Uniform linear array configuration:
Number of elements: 48
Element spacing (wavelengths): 0.5
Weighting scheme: blackman
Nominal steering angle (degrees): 0
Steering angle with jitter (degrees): -0.3621
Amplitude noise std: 0.05
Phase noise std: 0.05

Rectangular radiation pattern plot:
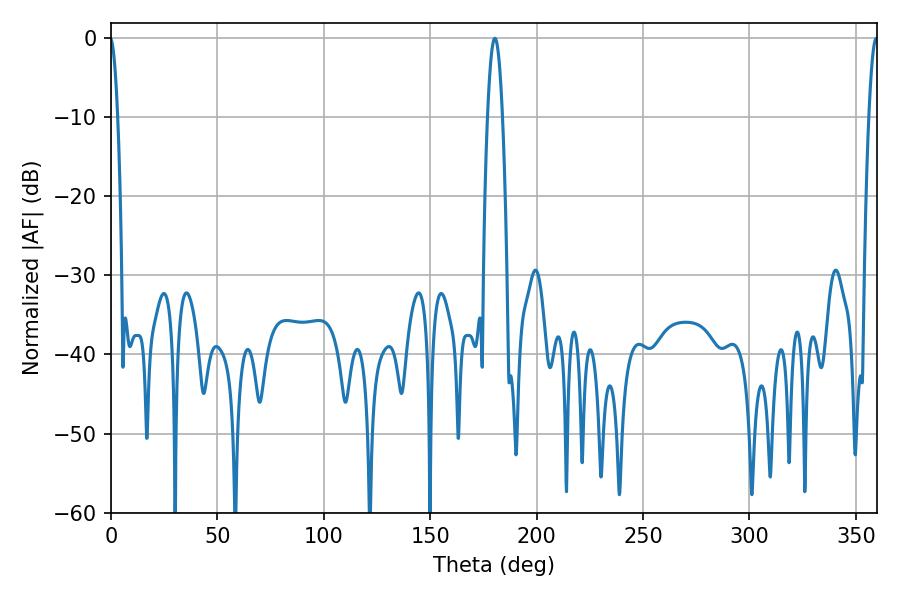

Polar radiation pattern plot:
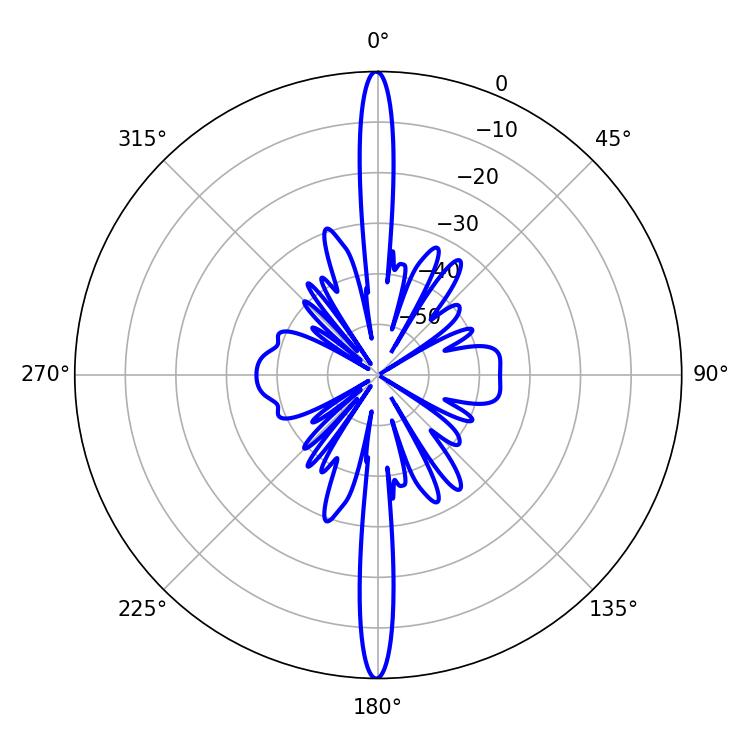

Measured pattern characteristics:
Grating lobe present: FALSE
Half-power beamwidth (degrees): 3.78
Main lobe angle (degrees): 180.36